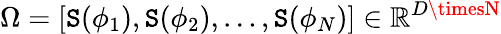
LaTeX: \Omega=[\mathtt{S}(\phi_{1}),\mathtt{S}(\phi_{2}),\ldots,\mathtt{S}(\phi_{N})]\in\mathbb{{R}}^{D\timesN}